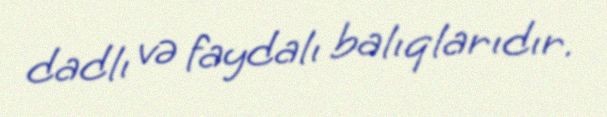
dadlı və faydalı balıqlarıdır.